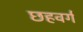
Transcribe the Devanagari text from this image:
छहवर्ग